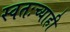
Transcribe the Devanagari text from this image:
स्वतःच्याही